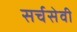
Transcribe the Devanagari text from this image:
सर्चसेवी